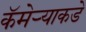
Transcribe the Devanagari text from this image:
कॅमेर्‍याकडे